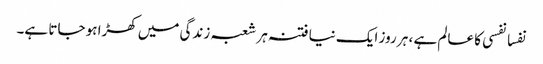
نفسا نفسی کا عالم ہے ، ہر روز ایک نیا فتنہ ہر شعبہ زندگی میں کھڑا ہو جاتا ہے۔